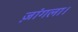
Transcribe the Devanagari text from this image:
ज़ांगला।